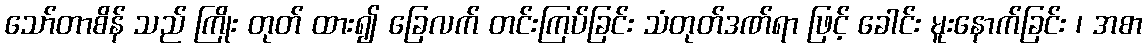
သော်တာစိန် သည် ကြိုး တုတ် ထား၍ ခြေလက် တင်းကြပ်ခြင်း သံတုတ်ဒဏ်ရာ ဖြင့် ခေါင်း မူးနောက်ခြင်း ၊ အစာ